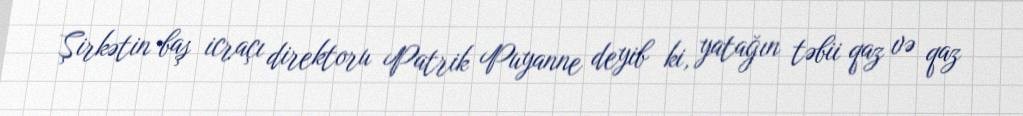
Şirkətin baş icraçı direktoru Patrik Puyanne deyib ki, yatağın təbii qaz və qaz